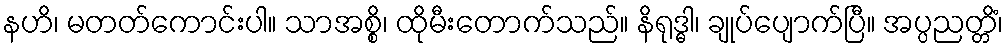
နဟိ၊ မတတ်ကောင်းပါ။ သာအစ္စိ၊ ထိုမီးတောက်သည်။ နိရုဒ္ဓါ၊ ချုပ်ပျောက်ပြီ။ အပ္ပညတ္တိံ၊